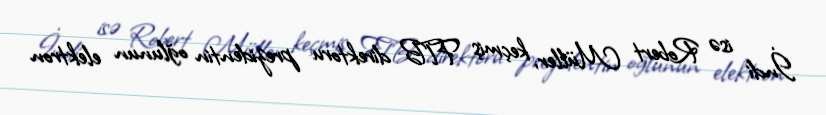
İndi isə Robert Müller, keçmiş FTB direktoru prezidentin oğlunun elektron